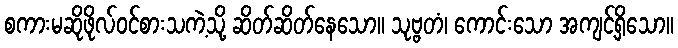
စကားမဆိုဖိုလ်ဝင်စားသကဲ့သို့ ဆိတ်ဆိတ်နေသော။ သုဗ္ဗတံ၊ ကောင်းသော အကျင့်ရှိသော။